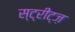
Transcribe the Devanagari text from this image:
स्ट्रीट्ज़